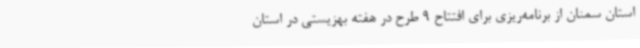
استان سمنان از برنامه‌ریزی برای افتتاح 9 طرح در هفته بهزیستی در استان